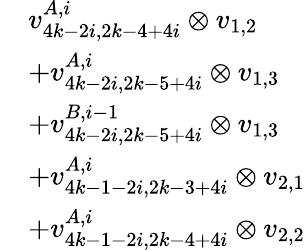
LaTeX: \begin{array}{rl}&{v_{4k-2i,2k-4+4i}^{A,i}\otimes v_{1,2}}\\ &{+v_{4k-2i,2k-5+4i}^{A,i}\otimes v_{1,3}}\\ &{+v_{4k-2i,2k-5+4i}^{B,i-1}\otimes v_{1,3}}\\ &{+v_{4k-1-2i,2k-3+4i}^{A,i}\otimes v_{2,1}}\\ &{+v_{4k-1-2i,2k-4+4i}^{A,i}\otimes v_{2,2}}\end{array}